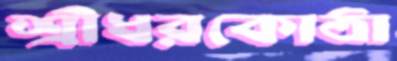
শ্রীধরকোঠা